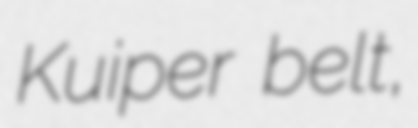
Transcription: Kuiper belt,